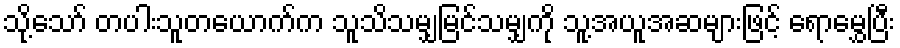
သို့သော် တပါးသူတယောက်က သူသိသမျှမြင်သမျှကို သူ့အယူအဆများဖြင့် ရောမွှေပြီး